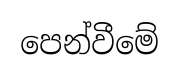
පෙන්වීමේ